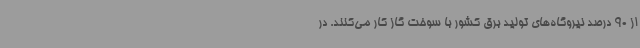
از 90 درصد نیروگاه‌های تولید برق کشور با سوخت گاز کار می‌کنند. در